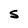
Character: S